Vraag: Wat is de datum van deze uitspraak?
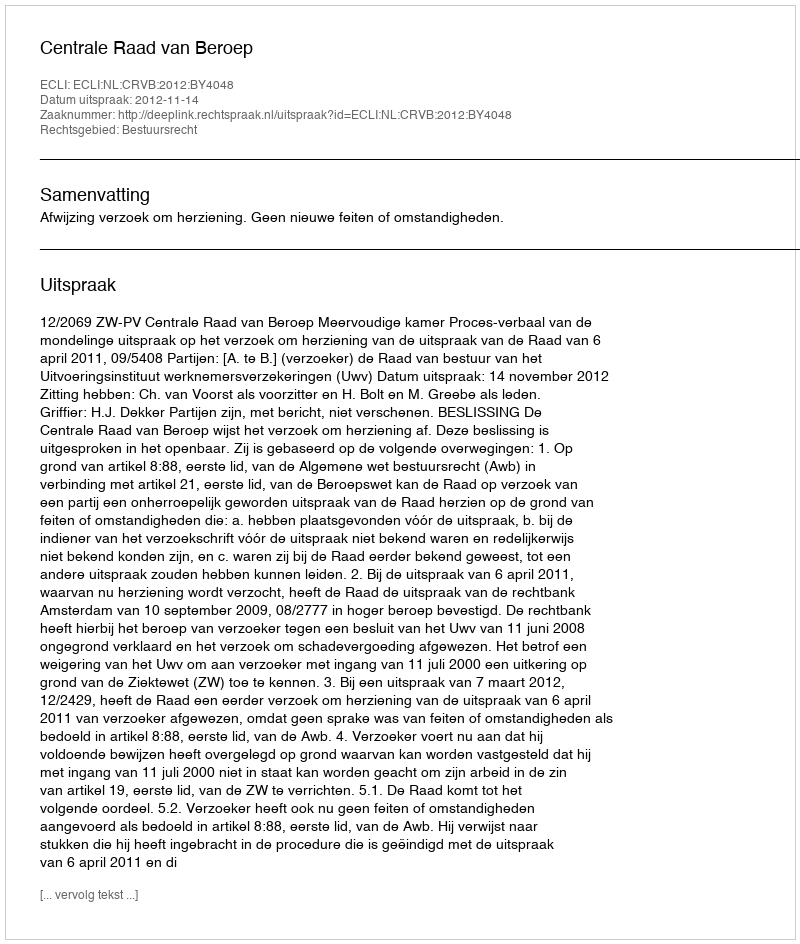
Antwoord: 2012-11-14